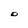
Character: D